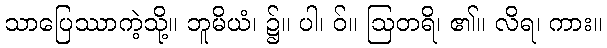
သာပြေဿာကဲ့သို့။ ဘူမိယံ၊ ၌။ ပါ၊ ဝ်။ ဩတရိ၊ ၏။ လိရ၊ ကား။